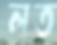
লত